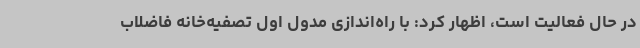
در حال فعالیت است، اظهار کرد: با راه‌اندازی مدول اول تصفیه‌خانه فاضلاب